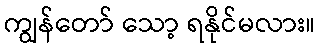
ကျွန်တော် သော့ ရနိုင်မလား။